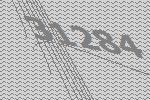
31284